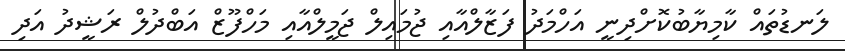
ލަނޑުތައް ކާމިޔާބުކޮށްދިނީ އަހްމަދު ފަޒާލްއާއި ޖުމައިލް ޖަމީލްއާއި މަހްފޫޒް އަބްދުލް ރަޝީދު އަދި